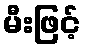
မီးဖြင့်